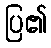
ပြ၏